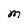
Character: M